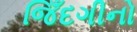
જિઁદગીનો